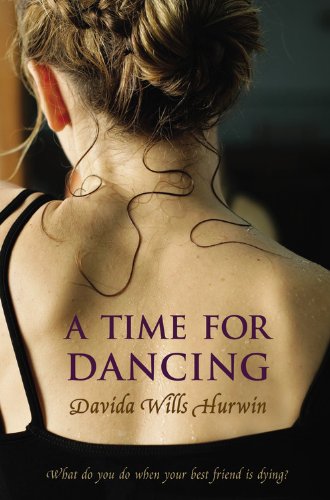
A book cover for A Time for Dancing; Davida Wills Hurwin; Teen & Young Adult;